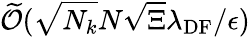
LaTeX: \widetilde{\mathcal{O}}(\sqrt{N_{k}}N\sqrt{\Xi}\lambda_{\mathrm{DF}}/\epsilon)